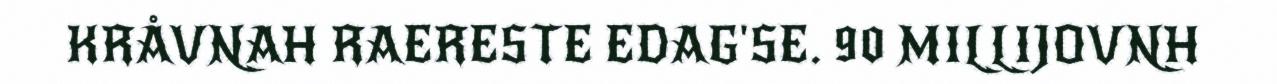
KRÅVNAH RAERESTE EDAG'SE. 90 MILLIJOVNH